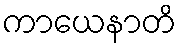
ကာယေနာတိ